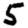
Digit: 5